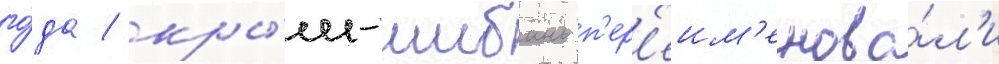
го́да / кры́м-шибань п'ер'еим'енова́л'и